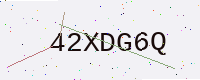
Text: 42XDG6Q